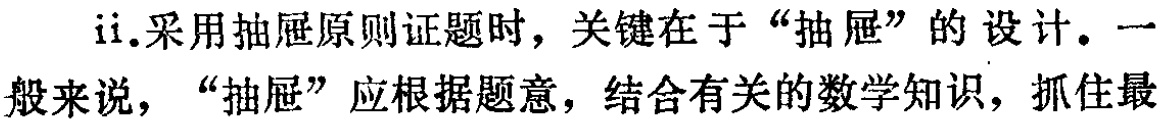
ii.采用抽屉原则证题时，关键在于“抽屉”的设计。一般来说，“抽屉”应根据题意，结合有关的数学知识，抓住最